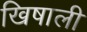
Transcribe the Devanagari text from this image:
खिषाली